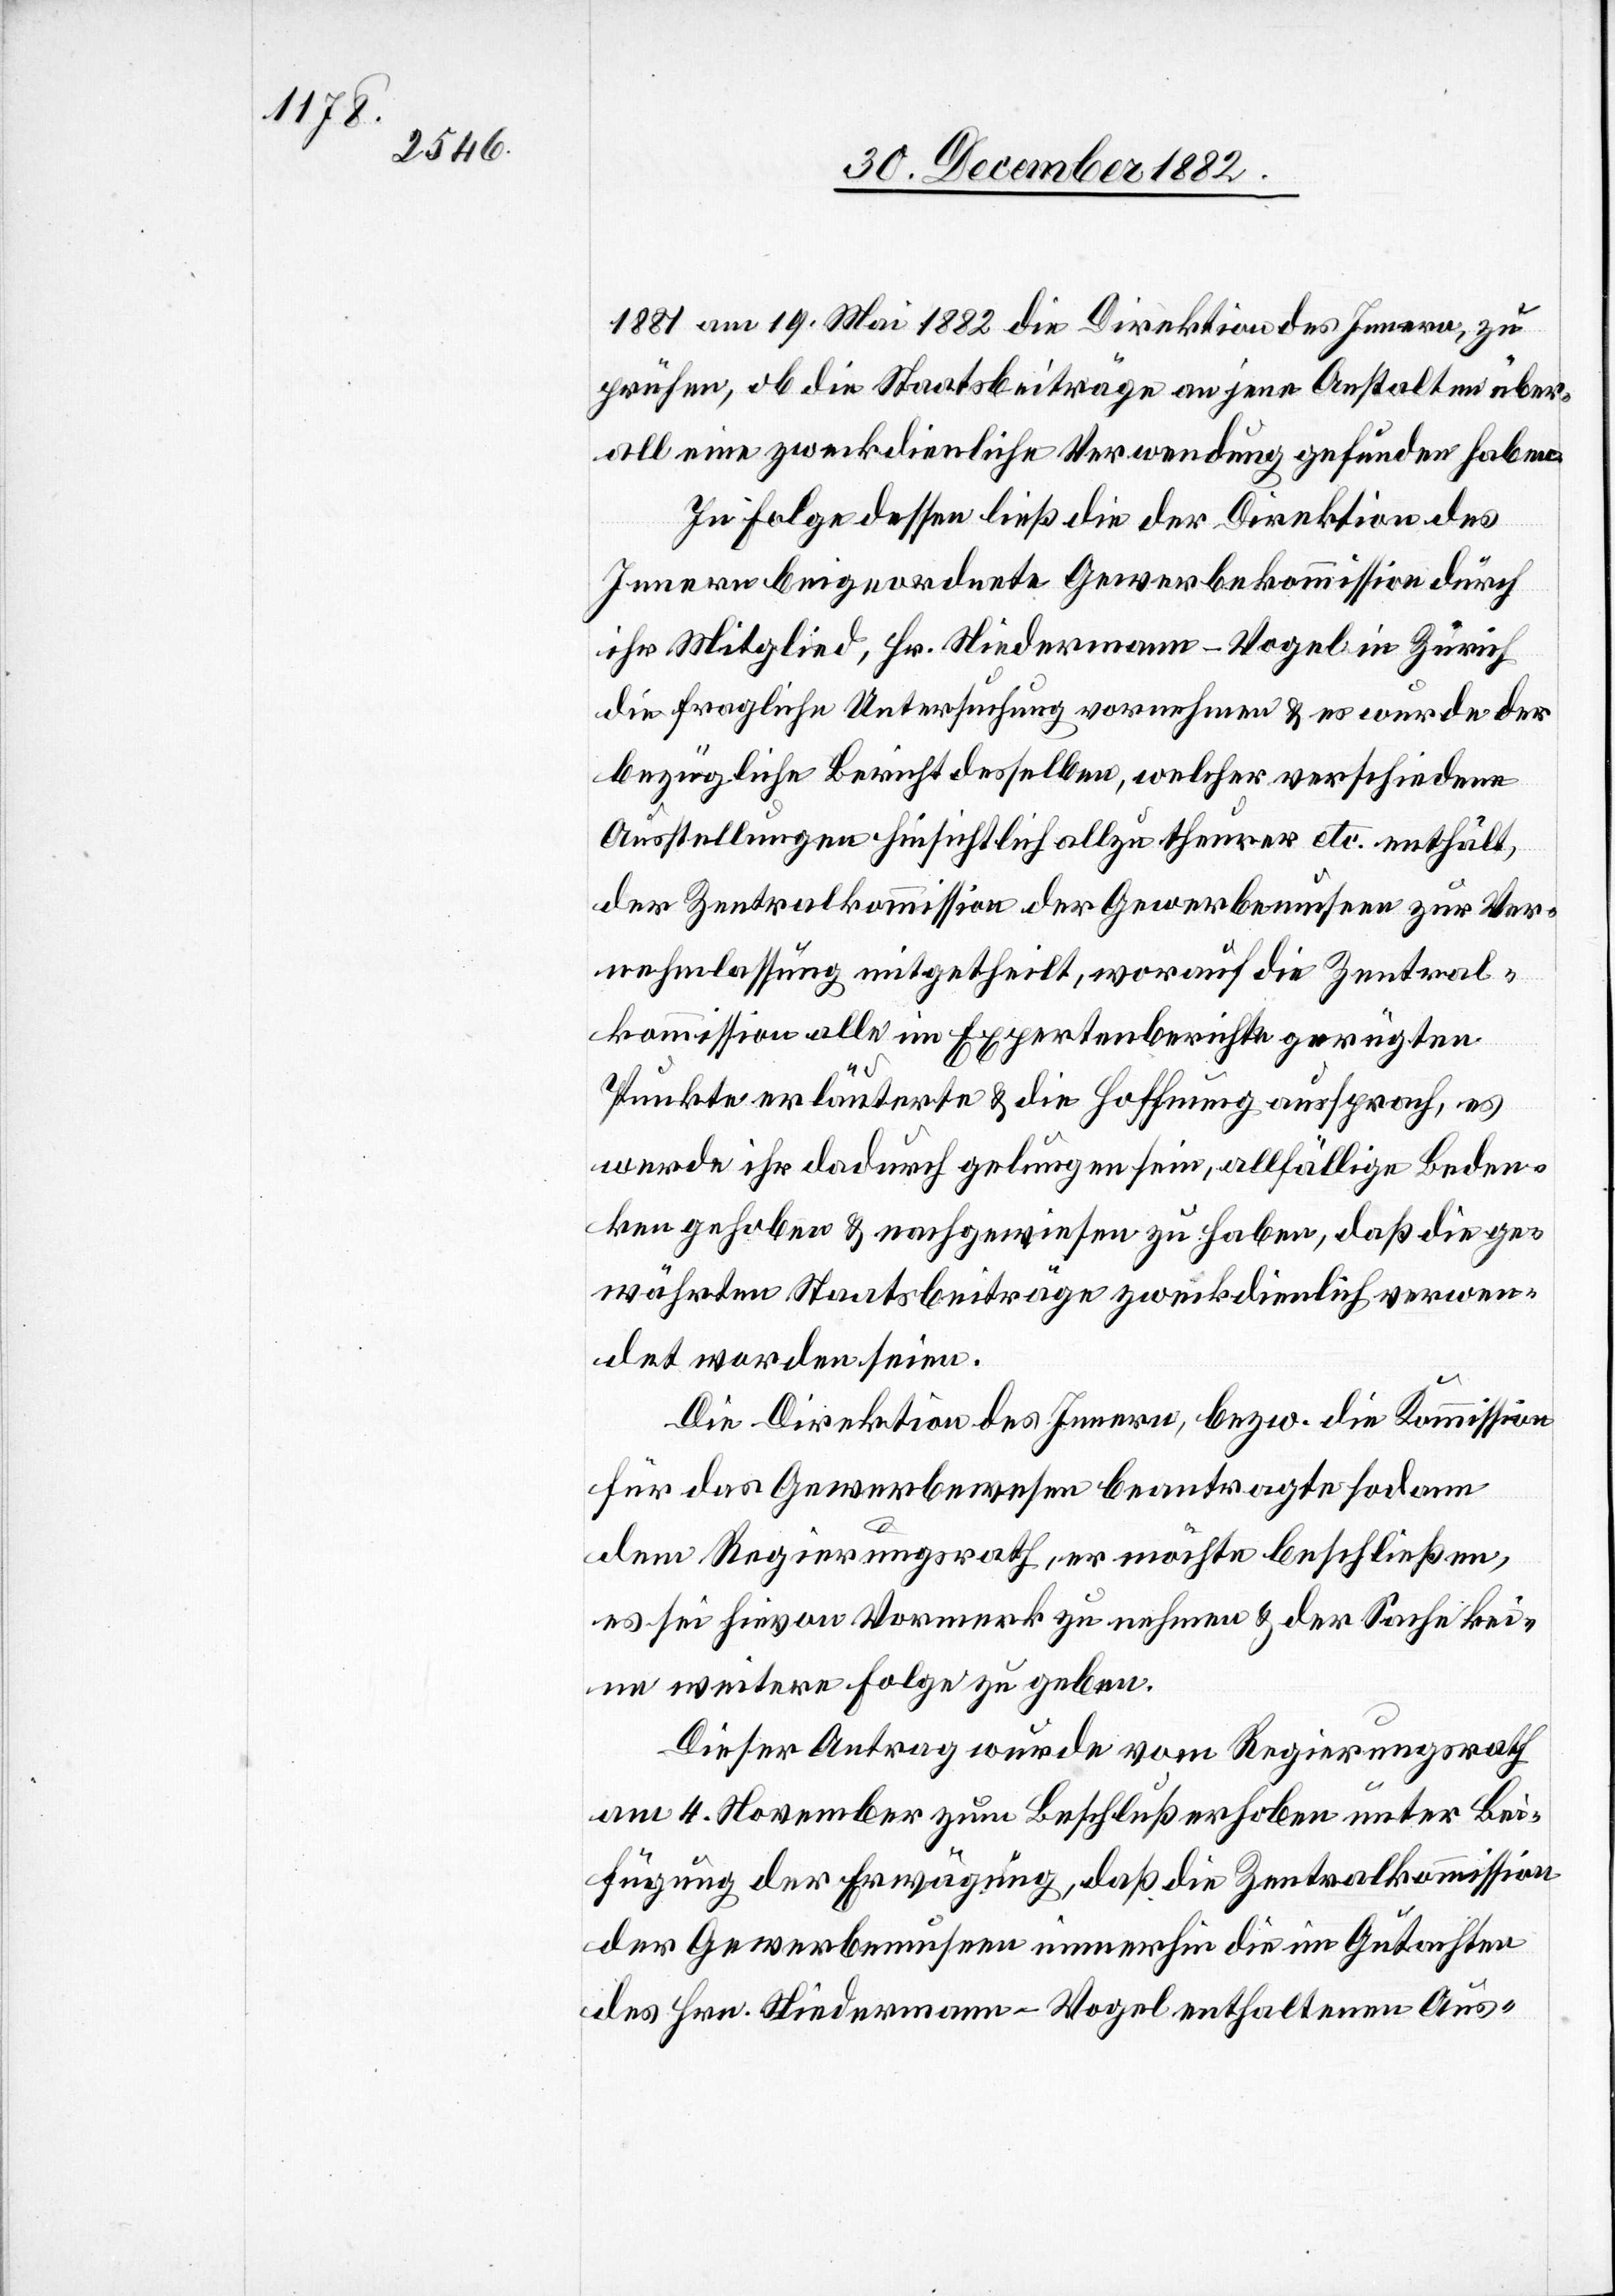
1881 am 19. Mai 1882 [durch] die Direktion des Innern, zu
prüfen, ob die Staatsbeiträge an jene Anstalten über¬
all eine zweckdienliche Verwendung gefunden haben.
In Folge dessen ließ die der Direktion des
Innern beigeordnete Gewerbekommission durch
ihr Mitglied, Hr. Niedermann-Vogel in Zürich
die fragliche Untersuchung vornehmen & es wurde der
bezügliche Bericht desselben, welcher verschiedene
Ausstelllungen hinsichtlich allzu theurer [Ausgabepunkte]
der Zentralkommission der Gewerbemuseen zur Ver¬
nehmlassung mitgetheilt, worauf die Zentral¬
kommission alle im Expertenberichte gerügten
Punkte erläuterte & die Hoffnung aussprach, es
werde ihr dadurch gelungen sein, allfällige Beden¬
ken gehoben & nachgewiesen zu haben, daß die ge¬
währten Staatsbeiträge zweckdienlich verwen¬
det worden seien.
Die Direktion des Innern, bzw. die Kommission
für das Gewerbewesen beauftragte sodann
den Regierungsrath, er möchte beschließen,
es sei hievon Vormerk zu nehmen & der Sache kei¬
ne weitere Folge zu geben.
Dieser Antrag wurde vom Regierungsrath
am 4. November zum Beschluß erhoben unter Bei¬
fügung der Erwägung, daß die Zentralkommission
der Gewerbemuseen immerhin die im Gutachten
des Hrn. Niedermann-Vogel enthaltenen Aus-